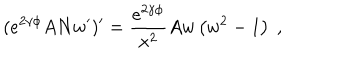
LaTeX: ( e ^ { 2 \gamma \phi } A N w ^ { \prime } ) ^ { \prime } = \frac { e ^ { 2 \gamma \phi } } { x ^ { 2 } } A w \left( w ^ { 2 } - 1 \right) \ ,